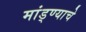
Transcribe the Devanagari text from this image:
मांड्ण्याचे